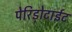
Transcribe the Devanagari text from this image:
पेरिड़ोटाईट